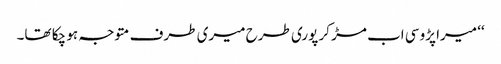
‘‘ میرا پڑوسی اب مڑ کر پوری طرح میری طرف متوجہ ہو چکا تھا۔